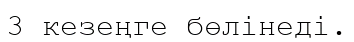
3 кезеңге бөлінеді.